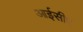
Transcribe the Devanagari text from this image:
आईसीए